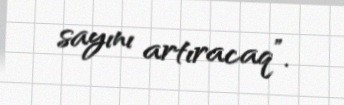
sayını artıracaq”.